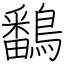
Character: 鷭